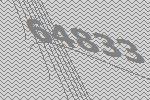
64833